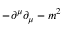
- \partial ^ { \mu } \partial _ { \mu } - m ^ { 2 }